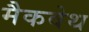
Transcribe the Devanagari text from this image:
मैकवेथ